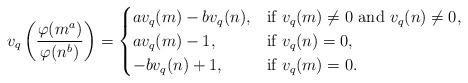
LaTeX: \begin{align*} v_q\left(\frac{\varphi(m^a)}{\varphi(n^b)}\right)=\begin{cases} av_q(m)-bv_q(n), & \mbox{if}\, \, v_q(m)\ne0\,\, \mbox{and}\,\, v_q(n)\ne0, \\ av_q(m)-1, & \mbox{if}\, \, v_q(n)=0, \\ -bv_q(n)+1, & \mbox{if} \,\, v_q(m)=0.\\\end{cases} \end{align*}